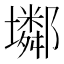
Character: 𡓏